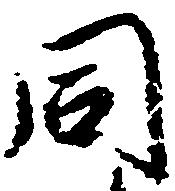
同